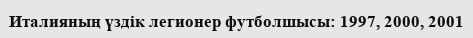
Италияның үздік легионер футболшысы: 1997, 2000, 2001